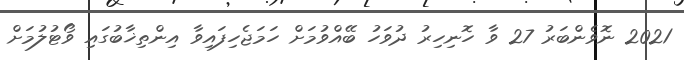
2021 ނޮވެންބަރު 27 ވާ ހޮނިހިރު ދުވަހު ބޭއްވުމަށް ހަމަޖެހިފައިވާ އިންތިޚާބުގައި ވޯޓުލުމަށް